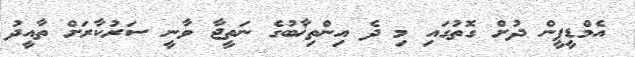
އެމްޑީޕީން ދުށް ގޮތުގައި މި ދެ އިންތިޚާބުގެ ނަތީޖާ ވާނީ ސަރުކާރަށް ތާއީދު